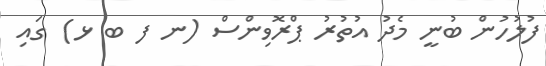
ފުލުހުން ބުނީ މެދު އުތުރު ޕްރޮވިންސް (ނ ފ ބ ޅ) ގައި